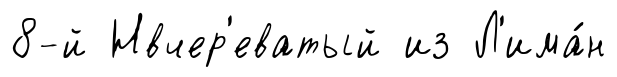
8-й Нвчер'еватый из Л'има́н